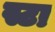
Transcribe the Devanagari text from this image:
स्टा